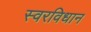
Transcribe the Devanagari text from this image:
स्वरविधान